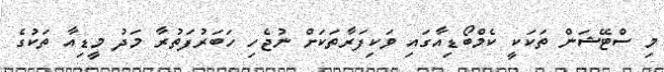
މި ސްޓޭޝަން ތަކަކީ ކެމްބޯޑިއާގައި ވަކިފަރާތަކަށް ނުޖެހި ހަބަރުފަތުރާ މަދު މީޑިއާ ތަކުގެ